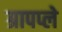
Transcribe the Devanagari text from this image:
ग्रापप्ले